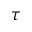
\tau